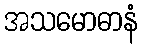
အသမောဓာနံ